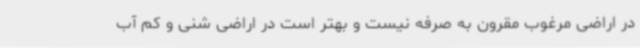
در اراضی مرغوب مقرون به صرفه نیست و بهتر است در اراضی شنی و کم آب